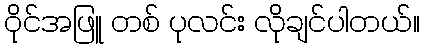
ဝိုင်အဖြူ တစ် ပုလင်း လိုချင်ပါတယ်။